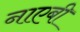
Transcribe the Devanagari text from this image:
नाएबी